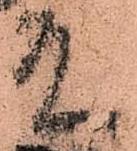
殿